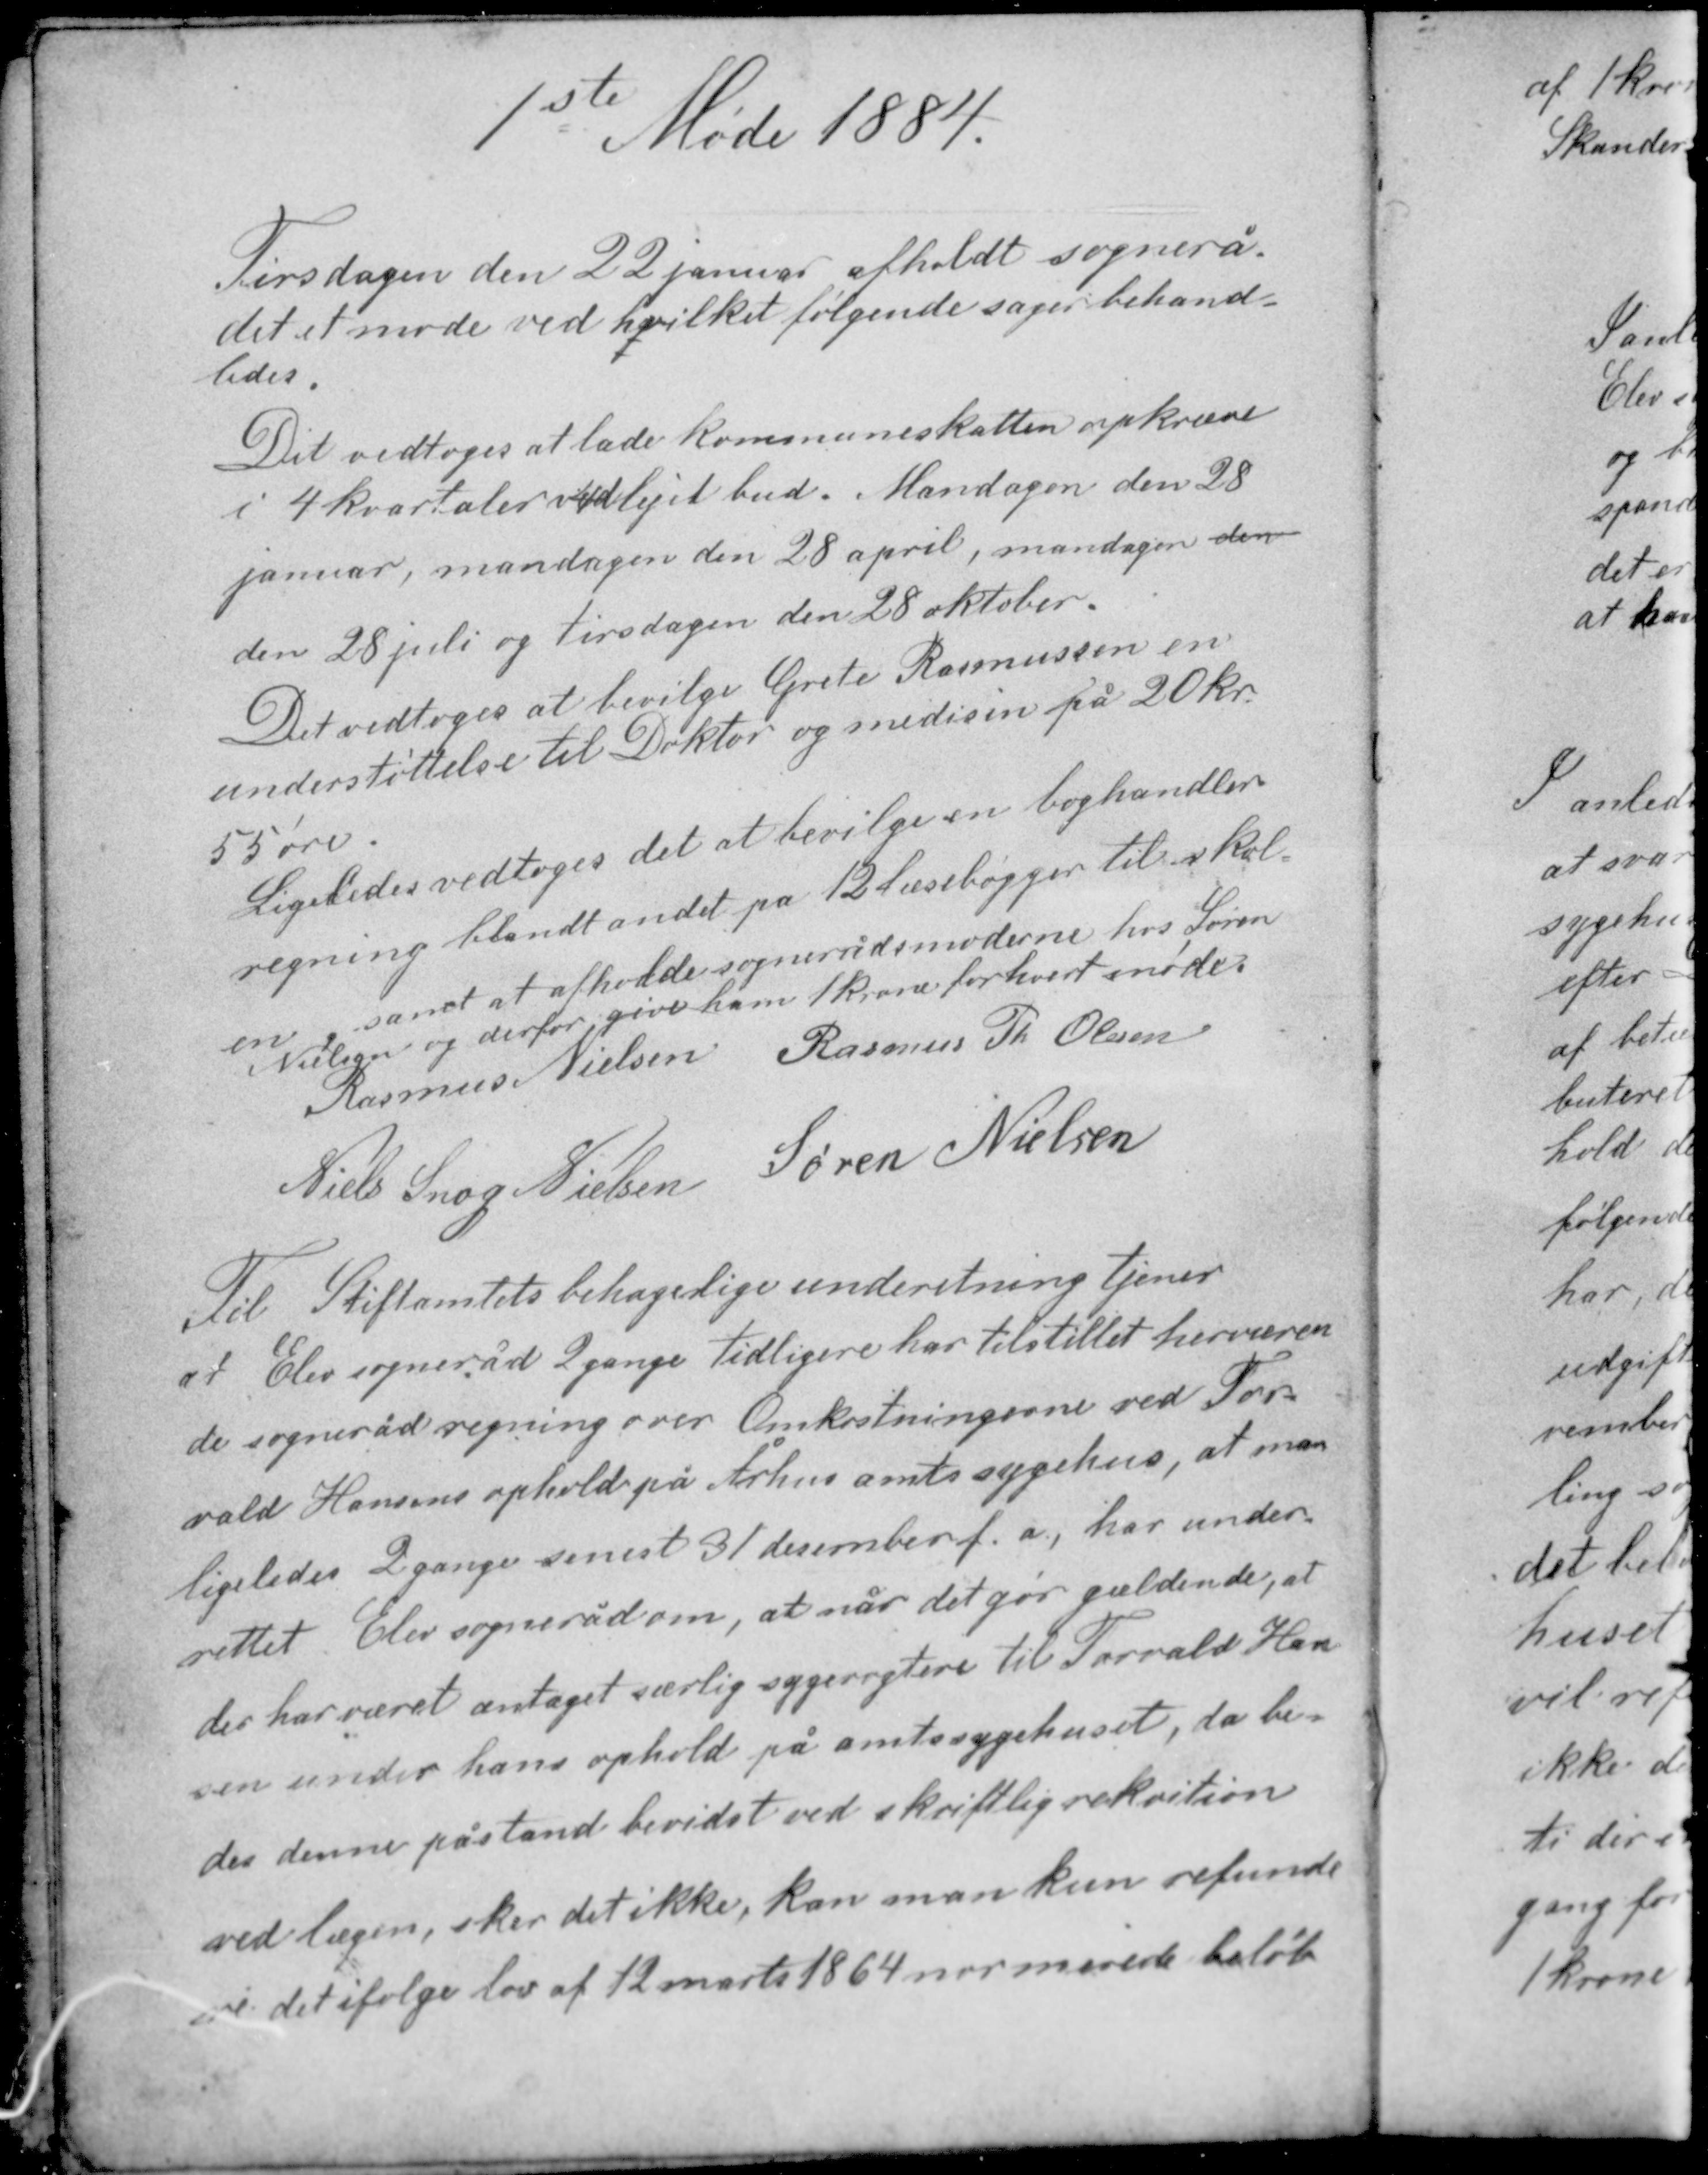
Transskription:
1ste Møde 1884

Tirsdagen den 22 januar afholdt sognerå-
det et møde ved hvilket følgende sager behand-
ledes.

Det vedtoges at lade kommuneskatten opkræve
i 4 kvartaler ved lejet bud. Mandagen den 28
januar, mandagen den 28 april, mandagen den
den 28 juli og tirsdagen den 28 oktober.

Det vedtoges at bevilge Grete Rasmussen en
understøttelse til Doktor og medisin på 20 kr.
55 øre.
Ligeledes vedtoges det at bevilge en boghandler-
regning blandt andet på 12 læsebøgger til skol-
en, samt at afholde sognerådsmøderne hos Søren
Nielsen og derfor give ham 1 krone for hvert møde.
Rasmus Nielsen Rasmus Th Olesen
Niels Snog Nielsen Søren Nielsen

Til Stiftamtets behagelige underetning tjener
at Elev sogneråd 2 gange tidligere har tilstillet herværen-
de sogneråd regning over Omkostningerne ved Tor-
vald Hansens ophold på Århus amts sygehus, at man
ligeledes 2 gange senest 31 december f. a., har under-
rettet Elev sogneråd om, at når det gør gældende, at
der har været antaget særlig sygevogtere til Torvald Han-
sen under hans ophold på amtssygehuset, da be-
des denne påstand bevidst ved skriftlig rekvition
ved lægen, sker det ikke, kan man kun refunde-
re det ifølge lov af 12 marts 1864 normerede beløb.